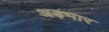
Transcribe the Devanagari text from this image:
अड़भार